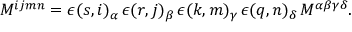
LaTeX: { \cal M } ^ { i j m n } = \epsilon ( s , i ) _ { \alpha } \, \epsilon ( r , j ) _ { \beta } \, \epsilon ( k , m ) _ { \gamma } \, \epsilon ( q , n ) _ { \delta } \, M ^ { \alpha \beta \gamma \delta } .